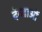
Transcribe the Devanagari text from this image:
देव्ताओं